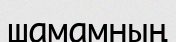
шамамның